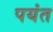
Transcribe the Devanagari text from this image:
पयंत